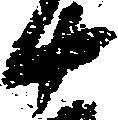
十